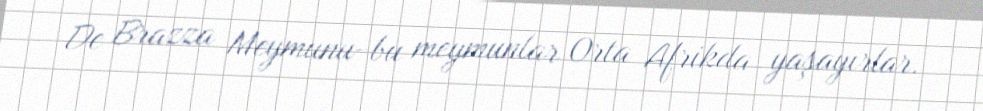
De Brazza Meymunu-bu meymunlar Orta Afrikda yaşayırlar.